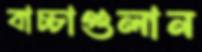
বাচ্চাগুলান